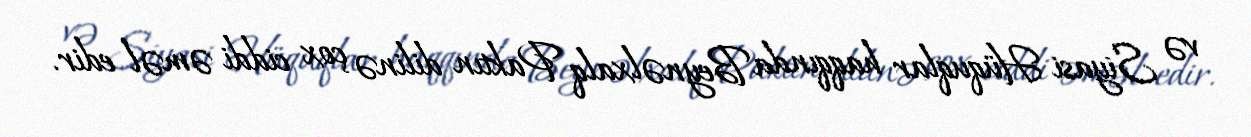
və Siyasi Hüquqlar haqqında Beynəlxalq Paktın dilinə çox ciddi əməl edir.